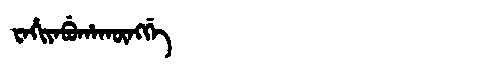
Manchu: ᠸᠠᡥᡳᠶᠠᠪᡠᡥᠠᡴᡡᠩᡤᡝ
Romanization: WAHIYABUHAKŪNGGE